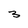
Character: 3